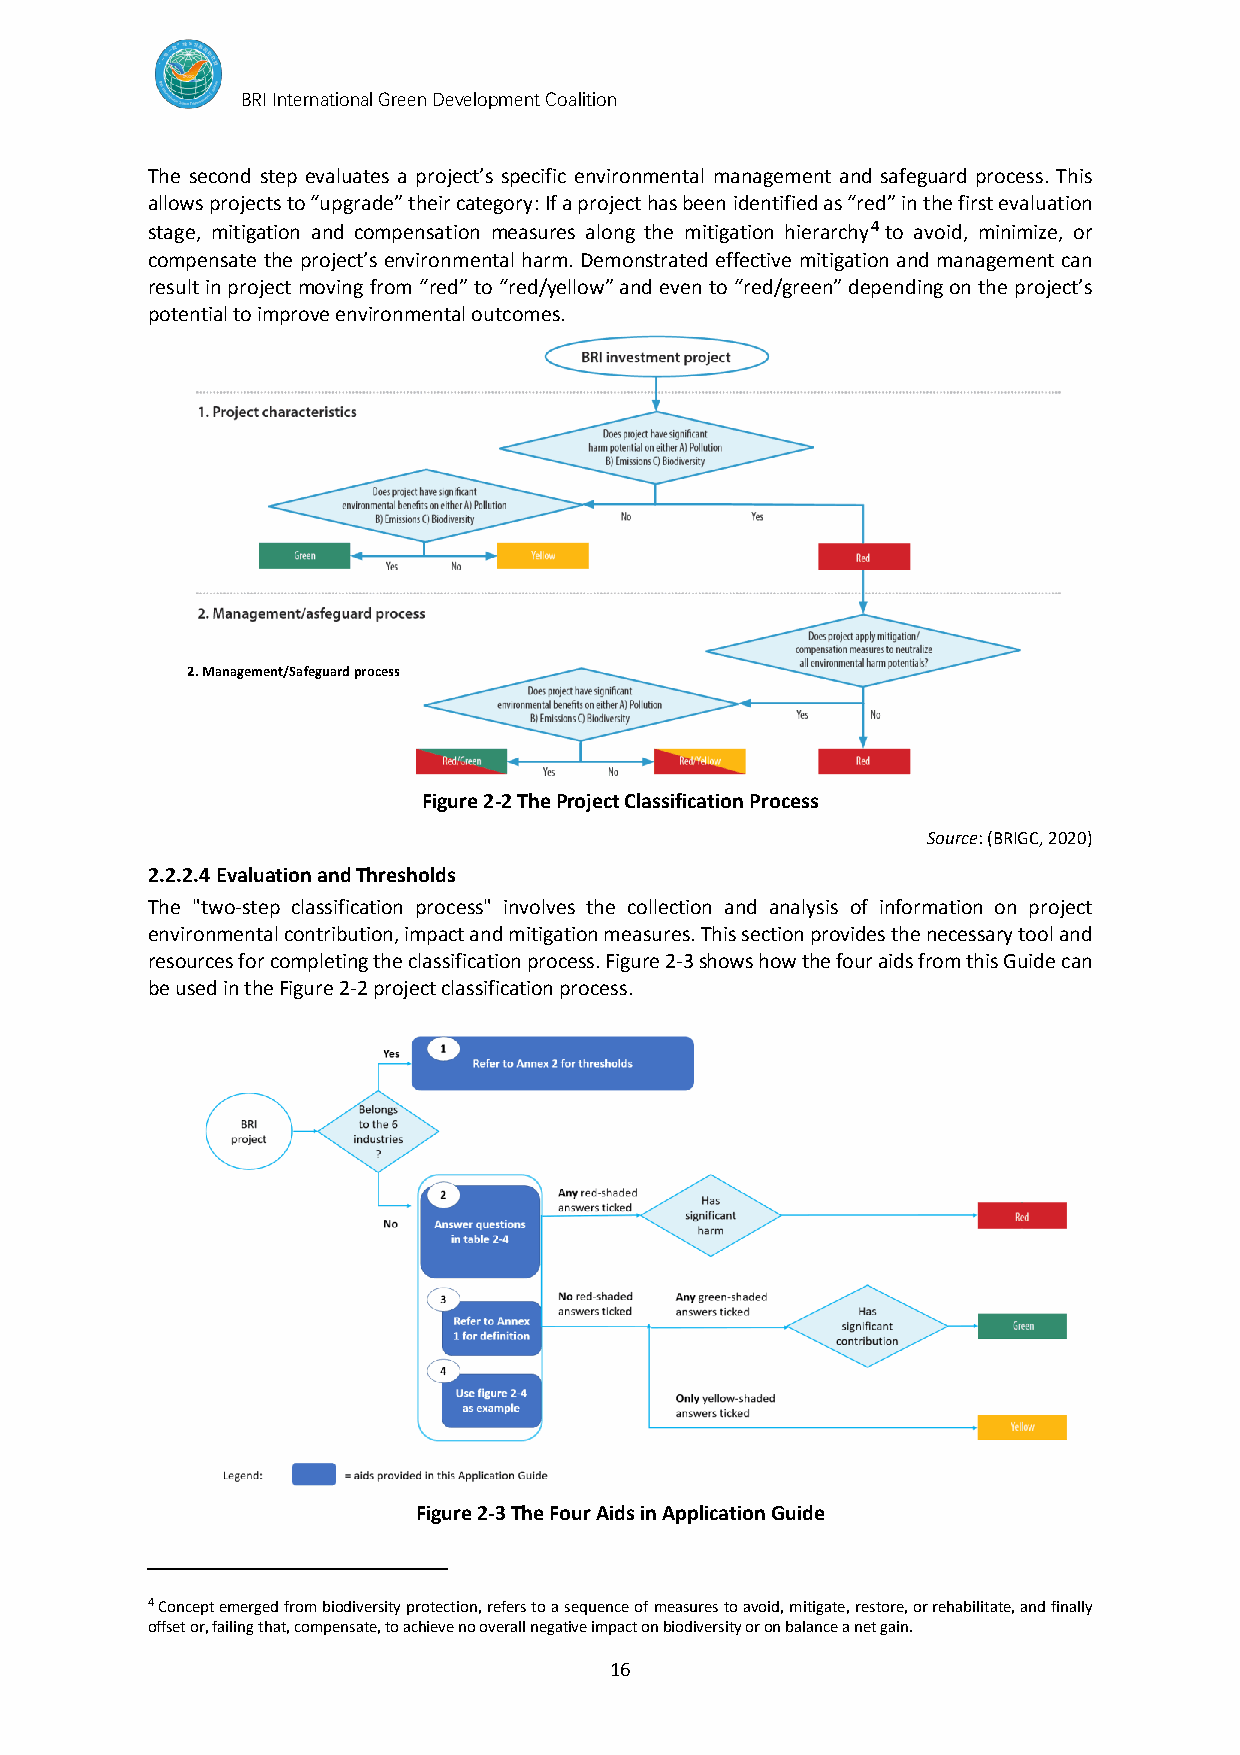
BRI International Green Development Coalition
 The second step evaluates a project’s specific environmental management and safeguard process. This
 allows projects to “upgrade” their category: If a project has been identified as “red” in the first evaluation
 stage, mitigation and compensation measures along the mitigation hierarchy4 to avoid, minimize, or
 compensate the project’s environmental harm. Demonstrated effective mitigation and management can
 result in project moving from “red” to “red/yellow” and even to “red/green” depending on the project’s
 potential to improve environmental outcomes.
 2. Management/Safeguard process
 Figure 2-2 The Project Classification Process
 Source: (BRIGC, 2020)
 2.2.2.4 Evaluation and Thresholds
 The "two-step classification process" involves the collection and analysis of information on project
 environmental contribution, impact and mitigation measures. This section provides the necessary tool and
 resources for completing the classification process. Figure 2-3 shows how the four aids from this Guide can
 be used in the Figure 2-2 project classification process.
 Figure 2-3 The Four Aids in Application Guide
 4 Concept emerged from biodiversity protection, refers to a sequence of measures to avoid, mitigate, restore, or rehabilitate, and finally
 offset or, failing that, compensate, to achieve no overall negative impact on biodiversity or on balance a net gain.
 16